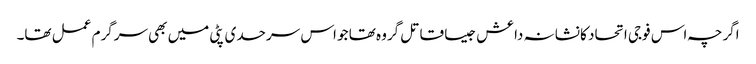
اگرچہ اس فوجی اتحاد کا نشانہ داعش جیسا قاتل گروہ تھا جو اس سرحدی پٹی میں بھی سرگرم عمل تھا۔